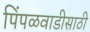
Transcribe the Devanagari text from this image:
पिंपळवाडीसाठी